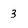
Character: 3